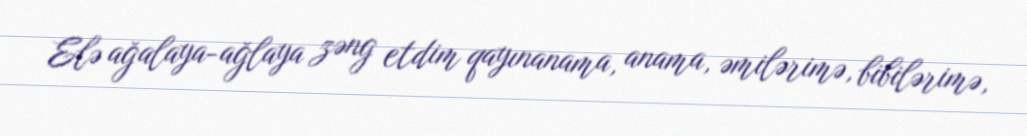
Elə ağalaya-ağlaya zəng etdim qayınanama, anama, əmilərimə, bibilərimə,